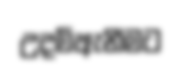
උදම්ඇනීමට